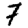
Digit: 7